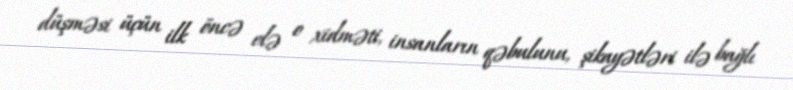
düşməsi üçün ilk öncə elə o xidməti, insanların qəbulunu, şikayətləri ilə bağlı